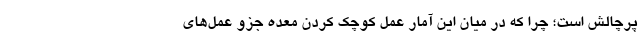
پرچالش است؛ چرا که در میان این آمار عمل کوچک کردن معده جزو عمل‌های